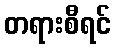
တရားစီရင်